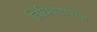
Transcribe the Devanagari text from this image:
विविधतापरक